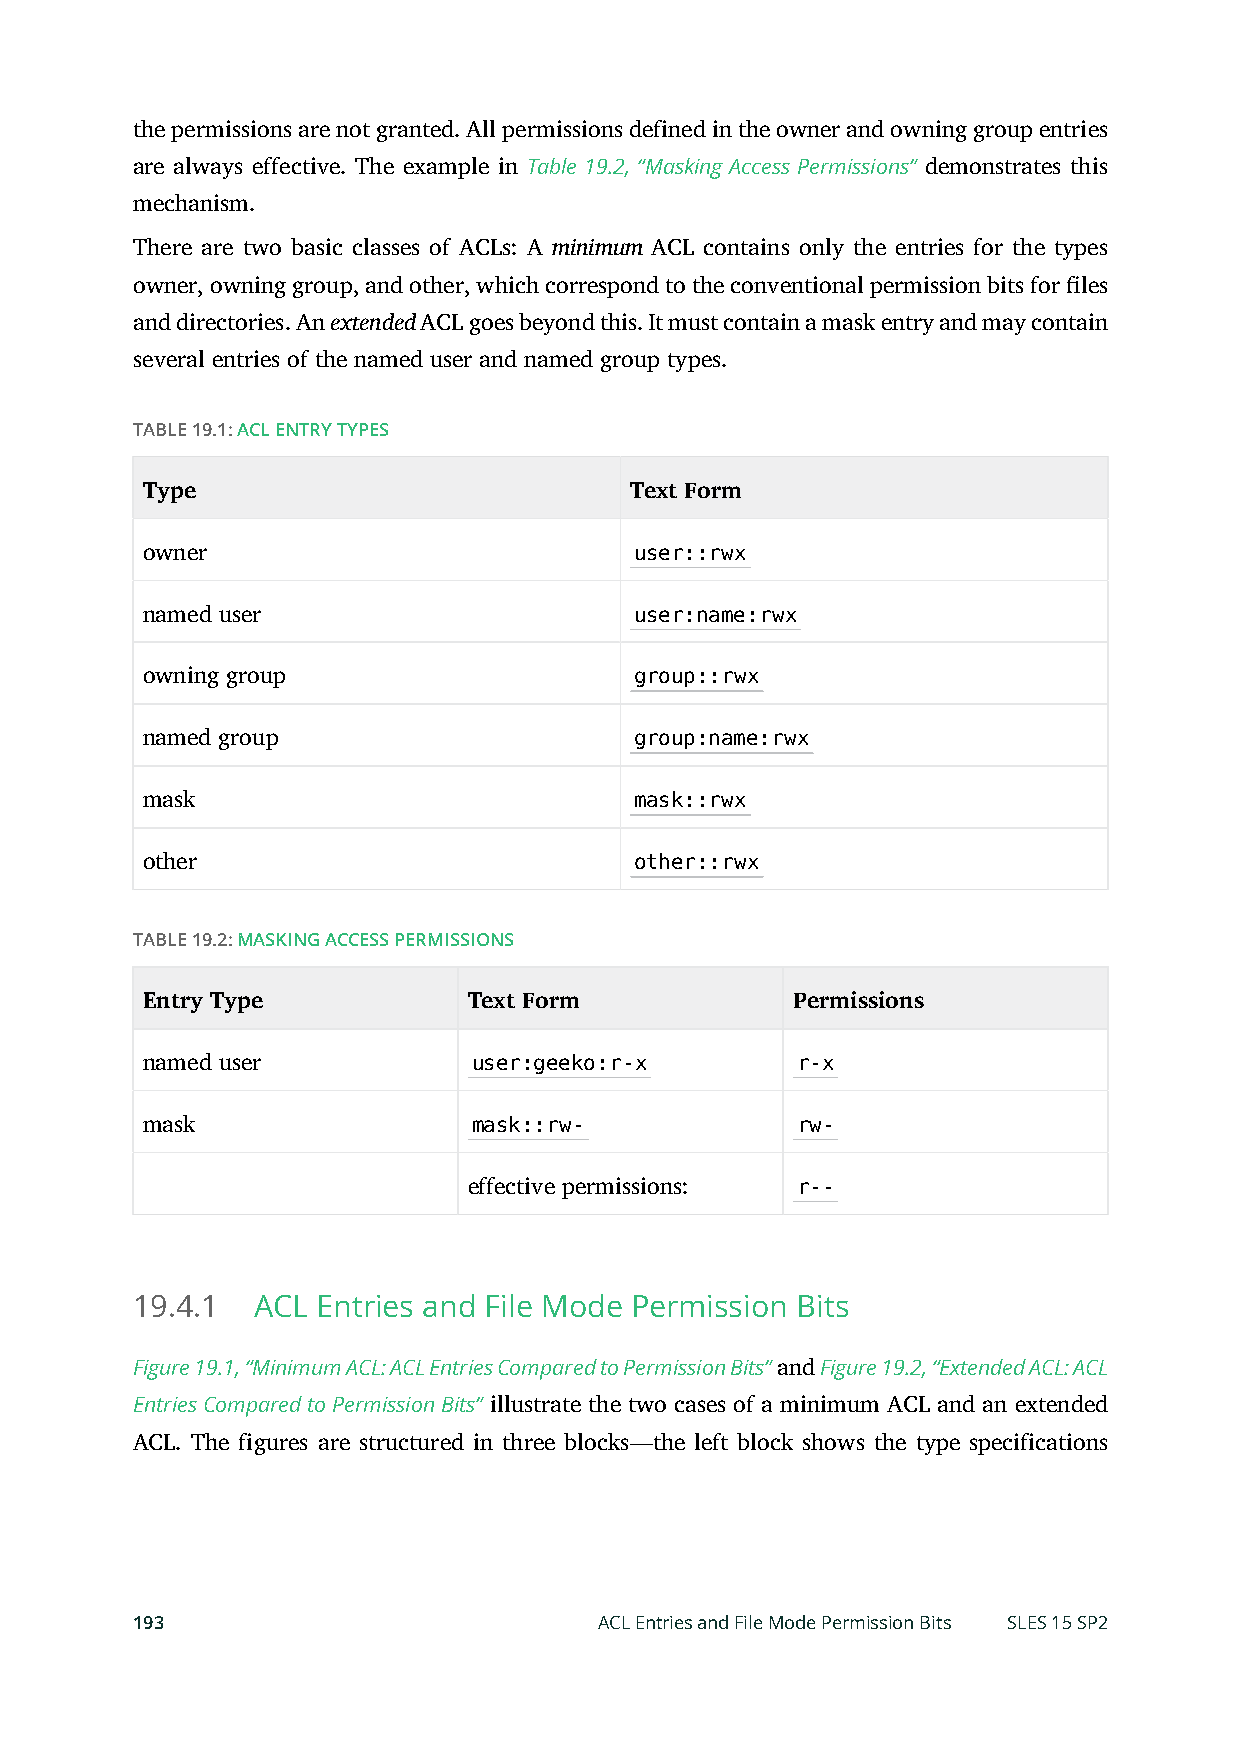
the permissions are not granted. All permissions defined in the owner and owning group entries
 are always effective. The example in Table 19.2, “Masking Access Permissions” demonstrates this
 mechanism.
 There are two basic classes of ACLs: A minimum ACL contains only the entries for the types
 owner, owning group, and other, which correspond to the conventional permission bits for les
 and directories. An extended ACL goes beyond this. It must contain a mask entry and may contain
 several entries of the named user and named group types.
 TABLE 19.1: ACL ENTRY TYPES
 Type                             Text Form
 owner                            user::rwx
 named user                       user:name:rwx
 owning group                     group::rwx
 named group                      group:name:rwx
 mask                             mask::rwx
 other                            other::rwx
 TABLE 19.2: MASKING ACCESS PERMISSIONS
 Entry Type            Text Form            Permissions
 named user            user:geeko:r-x        r-x
 mask                  mask::rw-             rw-
 effective permissions: r--
 19.4.1  ACL Entries and File Mode Permission Bits
 Figure 19.1, “Minimum ACL: ACL Entries Compared to Permission Bits” and Figure 19.2, “Extended ACL: ACL
 Entries Compared to Permission Bits” illustrate the two cases of a minimum ACL and an extended
 ACL. The figures are structured in three blocks—the left block shows the type specifications
 193                            ACL Entries and File Mode Permission Bits SLES 15 SP2